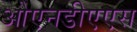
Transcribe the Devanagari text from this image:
ओएनडीएएस